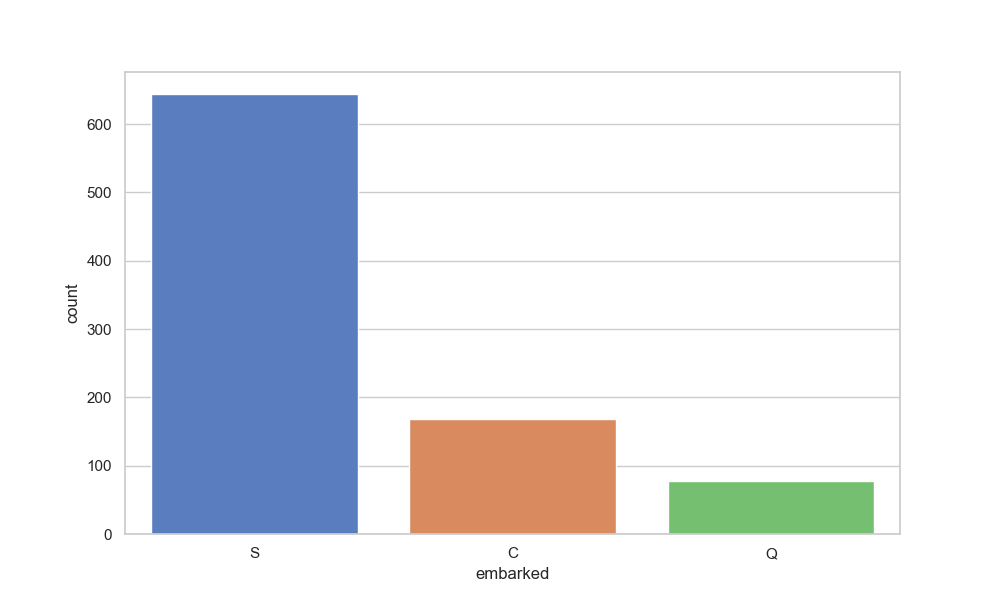
python, seaborn, countplot, x='embarked', palette='muted', hue='None'